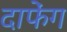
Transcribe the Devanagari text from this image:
दाफेंग